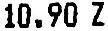
10.90 Z